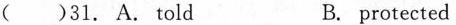
( )31. A. Told B. protected